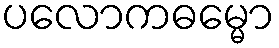
ပလောကဓမ္မော